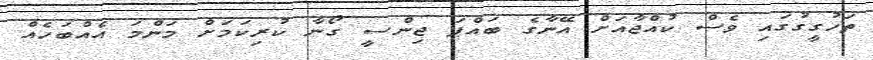
ތަހުގީގުގައި ވެސް ކުއްޖާއަށް އޭނާގެ ބައްޕަ ޖިންސީ ގޯނާ ކުރިކަމަށް މަންމަ އެއްބަހެއް